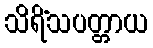
သိရိံသပတ္တာယ